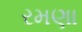
રમણા